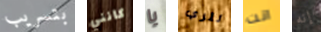
بتسريب كانني يا لتري انت إنه